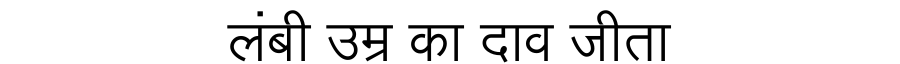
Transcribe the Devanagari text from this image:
लंबी उम्र का दाव जीता